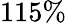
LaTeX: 115\%